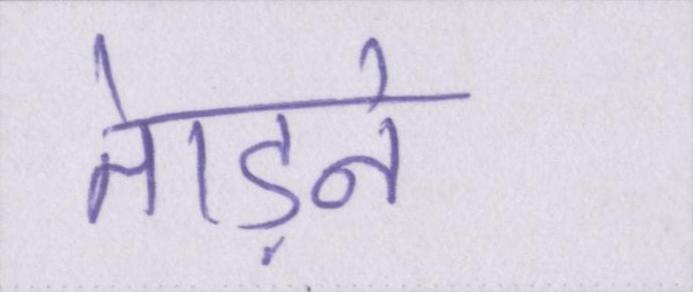
तेाड़ने